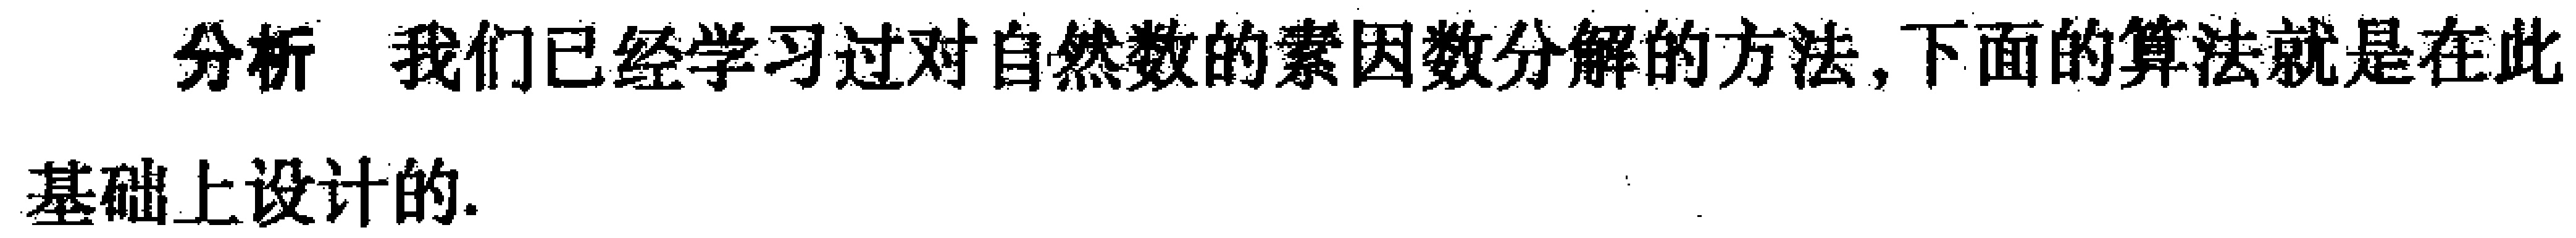
分析 我们已经学习过对自然数的素因数分解的方法,下面的算法就是在此基础上设计的.